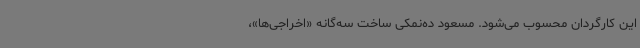
این کارگردان محسوب می‌شود. مسعود ده‌نمکی ساخت سه‌گانه «اخراجی‌ها»،